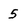
Character: 5